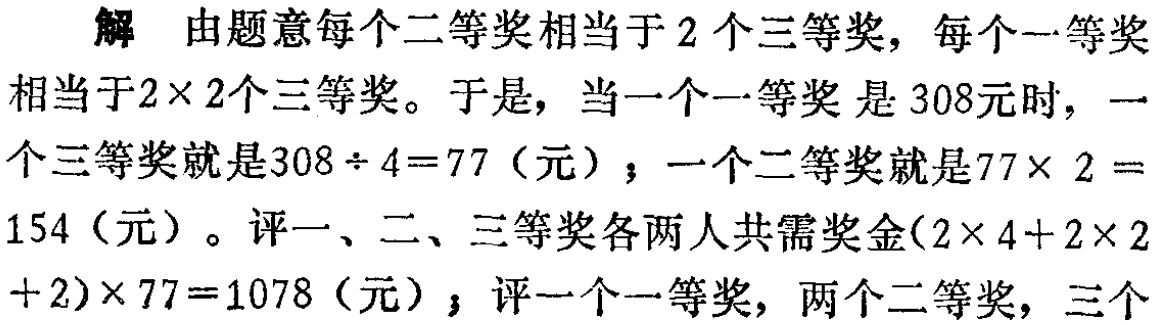
解 由题意每个二等奖相当于 2 个三等奖，每个一等奖相当于\(2\times 2\)个三等奖。于是，当一个一等奖是 308 元时，一个三等奖就是\(308\div 4 = 77\)（元）；一个二等奖就是\(77\times 2 = 154\)（元）。评一、二、三等奖各两人共需奖金\((2\times 4 + 2\times 2+ 2)\times 77 = 1078\)（元）；评一个一等奖，两个二等奖，三个